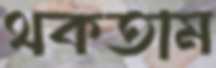
থকতাম